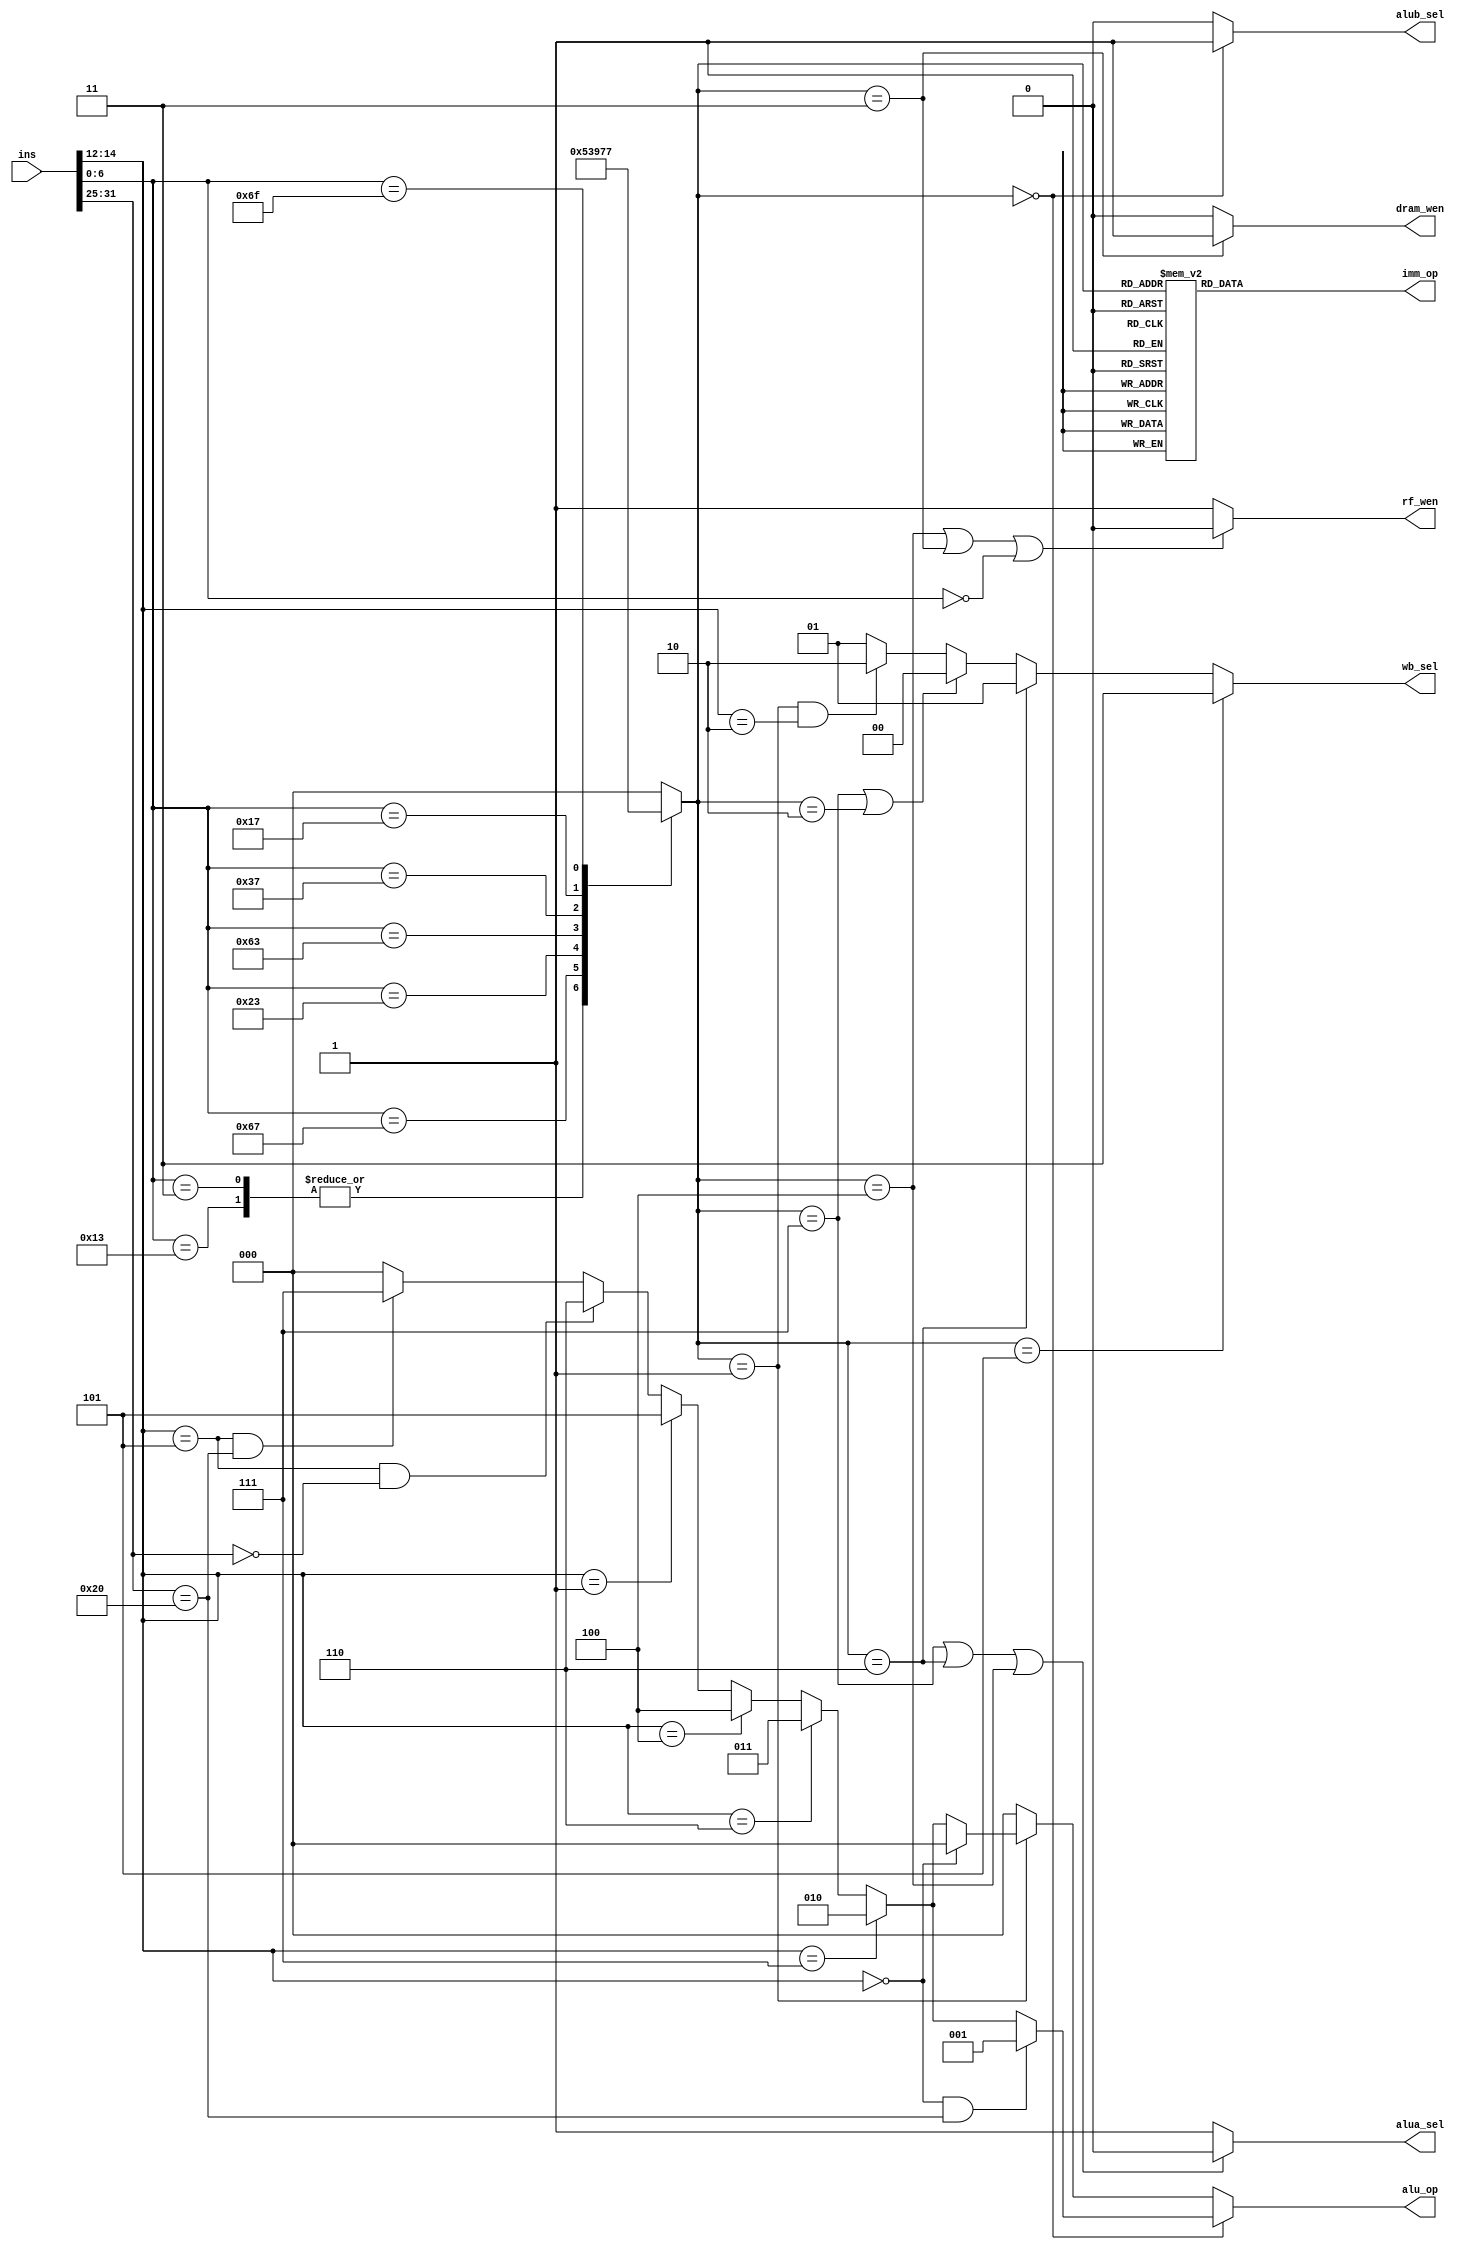
module control (
    input [31:0] ins,
    output reg [1:0] wb_sel,
    output reg [2:0] imm_op,
    output reg rf_wen,
    output reg [2:0] alu_op,
    output reg alua_sel,
    output reg alub_sel,
    output wire dram_wen
);
// immediate vars
reg [2:0] typpp;

// get instructions typpp 
/*
interface:
0,r
1,i
2,jalr
3,s
4,b
5,lui
6,auipc 
7,jal
*/
    always @(*) begin
        case (ins[6:0])
            'b0110011: typpp = 0;
            'b0010011: typpp = 1;
            'b0000011: typpp = 1;
            'b1100111: typpp = 2;
            'b0100011: typpp = 3;
            'b1100011: typpp = 4;
            'b0110111: typpp = 5;
            'b0010111: typpp = 6;
            'b1101111: typpp = 7;
            default: typpp = 0;
        endcase
    end
    
    //handle wb_sel 
    always @(*) begin
        if (typpp =='b101 )wb_sel = 'b11;       // lui
        else if(typpp == 'b110)  wb_sel = 'b1;   //auipc 
        else if (typpp == 'b111 || typpp == 'b010) wb_sel = 'b0;     //jal,jalr
        else if (typpp == 'b001 && ins[14:12]== 'b010) wb_sel = 'b10;      //lw
        else                  wb_sel = 'b1;
    end
    // handl imm_op 
    always @(*) begin
        case (typpp)
            0: imm_op = 0;
            1: imm_op = 1;
            2: imm_op = 1;
            3: imm_op = 2;
            4: imm_op = 3;
            5: imm_op = 4;
            6: imm_op = 4;
            7: imm_op = 5;
            default: imm_op = 'b0;
        endcase
    end
    // handle rf_wen 
    always @(*) begin
        if (typpp =='b100 || typpp == 'b011 || ins[6:0] == 'b0)  rf_wen = 'b0;
        else rf_wen = 'b1;
    end
    //handle alua_sel 
    always @(*) begin
        if (typpp == 'b111 || typpp == 'b110 || typpp == 'b100) alua_sel = 'b0;    //jalr , auipc, branch pick pc 
        else alua_sel = 'b1;
    end

    //handle alub_sel 
    always @(*) begin
        if(typpp == 'b0)alub_sel = 'b1;
        else alub_sel = 'b0;
    end
    //handle alu_op 
    always @(*) begin
        if (typpp == 'b0)begin
            if(ins[14:12] == 'b000 && ins[31:25]== 'b0100000) alu_op = 'b1;
            else if (ins[14:12] == 'b111) alu_op = 2;
            else if (ins[14:12] == 'b110) alu_op = 3; 
            else if (ins[14:12] == 'b100) alu_op = 4;
            else if (ins[14:12] == 'b001) alu_op = 5; 
            else if (ins[14:12] == 'b101 && ins[31:25]== 'b0000000) alu_op = 6;
            else if (ins[14:12] == 'b101 && ins[31:25]== 'b0100000) alu_op = 7;
            else alu_op = 'b0;
        end else if (typpp == 'b1)begin
            if(ins[14:12] == 'b000 ) alu_op = 'b0;
            else if (ins[14:12] == 'b111) alu_op = 2;
            else if (ins[14:12] == 'b110) alu_op = 3; 
            else if (ins[14:12] == 'b100) alu_op = 4;
            else if (ins[14:12] == 'b001) alu_op = 5; 
            else if (ins[14:12] == 'b101 && ins[31:25]== 'b0000000) alu_op = 6;
            else if (ins[14:12] == 'b101 && ins[31:25]== 'b0100000) alu_op = 7;
            else alu_op = 'b0;
        end else alu_op = 'b0;
    end
    //dram wen 
    assign dram_wen = (typpp == 'b011) ? 1:0;
endmodule